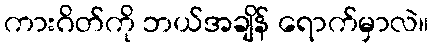
ကားဂိတ်ကို ဘယ်အချိန် ရောက်မှာလဲ။